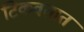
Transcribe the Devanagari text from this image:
टिकवतात